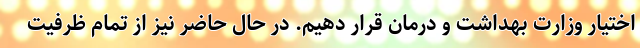
اختیار وزارت بهداشت و درمان قرار دهیم. در حال حاضر نیز از تمام ظرفیت